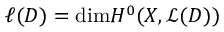
\ell ( D ) = \mathrm { d i m } H ^ { 0 } ( X , { \mathcal { L } } ( D ) )